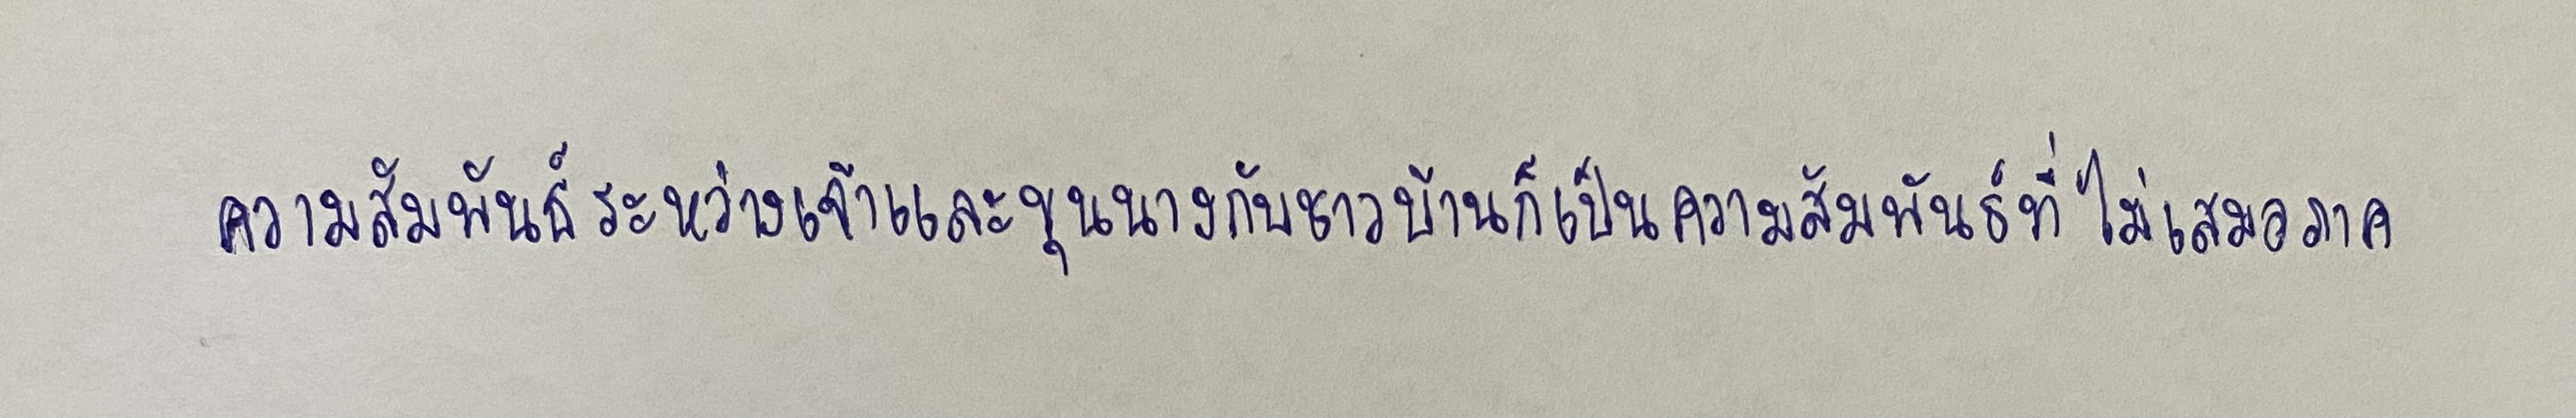
ความสัมพันธ์ระหว่างเจ้าและขุนนางกับชาวบ้านก็เป็นความสัมพันธ์ที่ไม่เสมอภาค